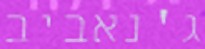
ג'נאביב